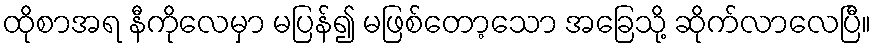
ထိုစာအရ နီကိုလေမှာ မပြန်၍ မဖြစ်တော့သော အခြေသို့ ဆိုက်လာလေပြီ။